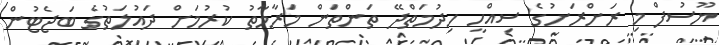
ޔޫސުފް މި ރަށްރަށުގެ ސިއްހީ ހިދުމަތްދޭ ތަންތަން މަރާމާތު ކުރުމަށް ދައުލަތުގެ ބަޖެޓުން